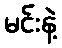
မင်းနဲ့